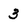
Character: 3